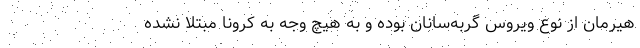
هیرمان از نوع ویروس گربه‌سانان بوده و به هیچ وجه به کرونا مبتلا نشده